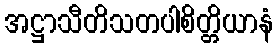
အဋ္ဌာသီတိသတပါစိတ္တိယာနံ